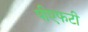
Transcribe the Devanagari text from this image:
पीएफटी